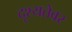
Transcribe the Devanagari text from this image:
दृश्यतेवर